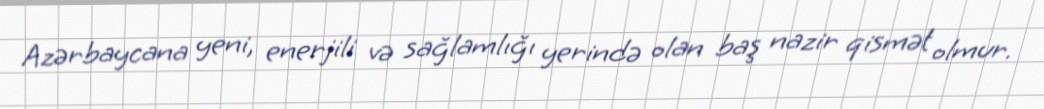
Azərbaycana yeni, enerjili və sağlamlığı yerində olan baş nazir qismət olmur.